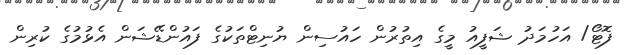
ފޮޓޯ/ އަހުމަދު ޝަފީއު މީގެ އިތުރުން ހައުސިން ޔުނިޓްތަކުގެ ފައުންޑޭޝަން އެޅުމުގެ ކުރިން